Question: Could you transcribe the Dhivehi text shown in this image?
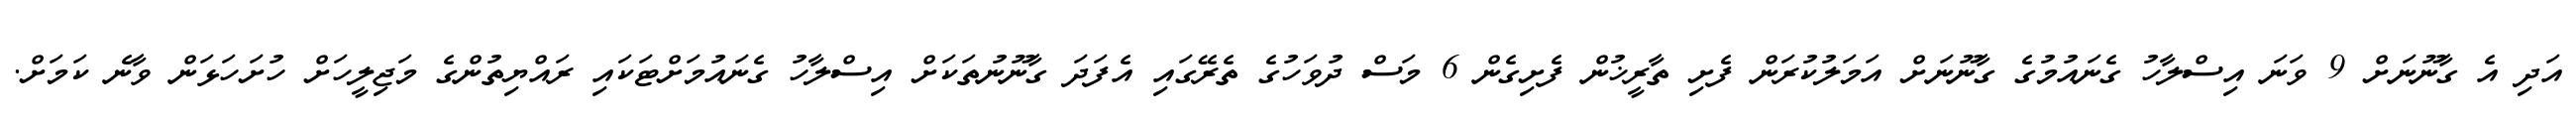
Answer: އަދި އެ ގާނޫނަށް 9 ވަނަ އިސްލާހު ގެނައުމުގެ ގާނޫނަށް އަމަލުކުރަން ފެށި ތާރީޚުން ފެށިގެން 6 މަސް ދުވަހުގެ ތެރޭގައި އެފަދަ ގާނޫނުތަކަށް އިސްލާހު ގެނައުމަށްޓަކައި ރައްޔިތުންގެ މަޖިލީހަށް ހުށަހަޅަން ވާނެ ކަމަށް.